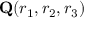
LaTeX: \mathbf { Q } ( r _ { 1 } , r _ { 2 } , r _ { 3 } )